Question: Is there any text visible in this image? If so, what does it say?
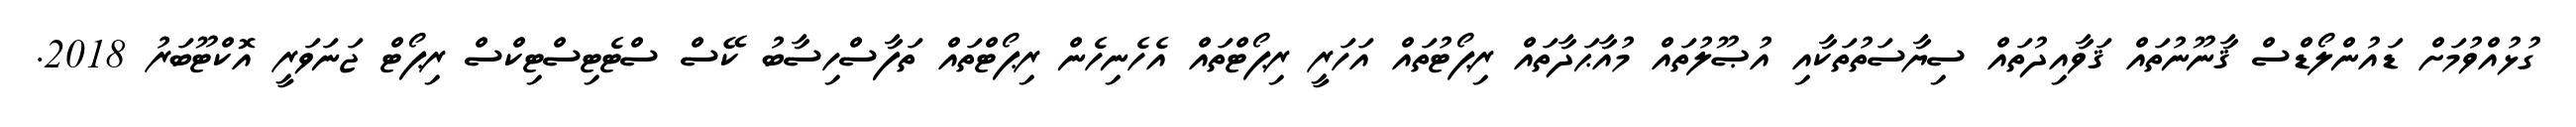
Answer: ގުޅުއްވުމަށް ޑައުންލޯޑްސް ޤާނޫނުތައް ޤަވާއިދުތައް ސިޔާސަތުތަކާއި އުޞޫލުތައް މުއާޙަދާތައް ރިޕޯޓުތައް އަހަރީ ރިޕޯޓްތައް އެހެނިހެން ރިޕޯޓްތައް ތަފާސްހިސާބު ކޭސް ސްޓެޓިސްޓިކްސް ރިޕޯޓް ޖަނަވަރީ އޮކްޓޫބަރު 2018.